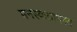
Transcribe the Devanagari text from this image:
मनस्कताग्रस्त